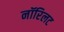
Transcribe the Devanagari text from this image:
नॉरिलट